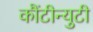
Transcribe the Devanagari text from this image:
कौंटीन्युटी